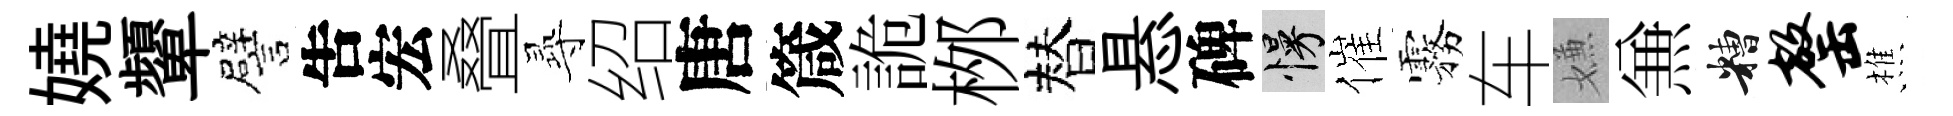
嬈顰譬吿宏叠𡬶绍唐箴詭桞替悬碑慢催霧车嫌𠔥糟罄樵